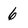
Character: 6